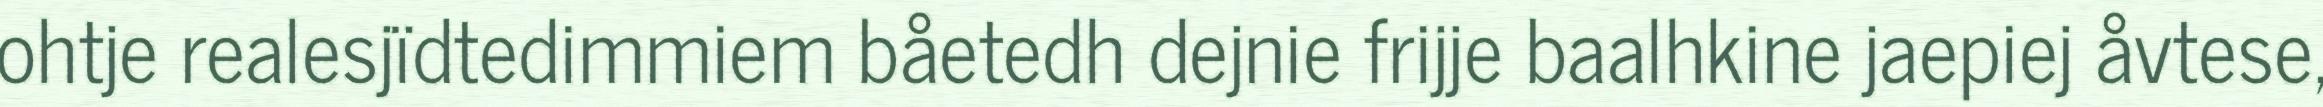
ohtje realesjïdtedimmiem båetedh dejnie frijje baalhkine jaepiej åvtese,